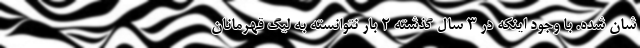
شان شده. با وجود اینکه در 3 سال گذشته 2 بار نتوانسته به لیگ قهرمانان